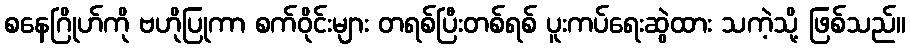
စနေဂြိုဟ်ကို ဗဟိုပြုကာ စက်ဝိုင်းများ တရစ်ပြီးတစ်ရစ် ပူးကပ်ရေးဆွဲထား သကဲ့သို့ ဖြစ်သည်။